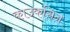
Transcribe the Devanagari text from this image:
काउकसिन